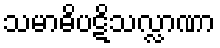
သမာဓိပဋိသလ္လာဏာ